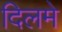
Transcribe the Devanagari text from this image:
दिलमे